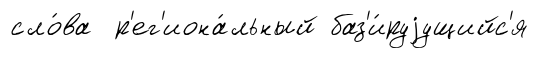
сло́ва р'ег'иона́льный баз'и́руjущийс'я